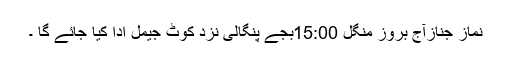
نماز جنازآج بروز منگل 15:00بجے پنگالی نزد کوٹ جیمل ادا کیا جائے گا ۔